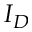
I _ { D }